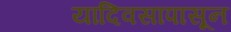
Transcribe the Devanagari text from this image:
यादिवसापासून